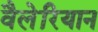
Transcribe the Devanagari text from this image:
वैलेरियान